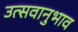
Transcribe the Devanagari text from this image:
उत्सवानुभाव